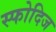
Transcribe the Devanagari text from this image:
स्फोदिज